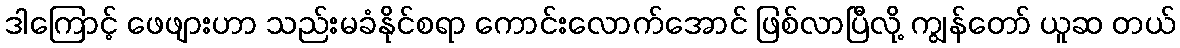
ဒါကြောင့် ဖေဖျားဟာ သည်းမခံနိုင်စရာ ကောင်းလောက်အောင် ဖြစ်လာပြီလို့ ကျွန်တော် ယူဆ တယ်